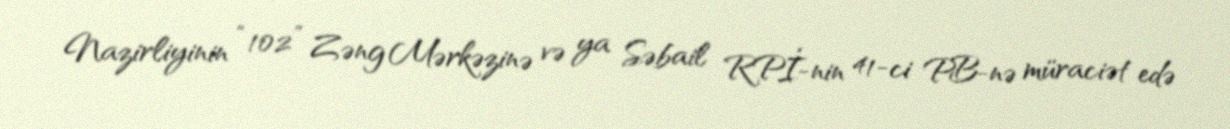
Nazirliyinin “102” Zəng Mərkəzinə və ya Səbail RPİ-nin 41-ci PB-nə müraciət edə